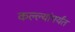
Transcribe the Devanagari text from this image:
कल्ल्यांपर्यंत